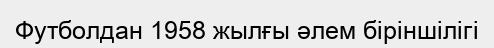
Футболдан 1958 жылғы әлем біріншілігі